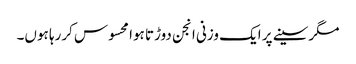
مگرسینے پر ایک وزنی انجن دوڑتا ہوا محسوس کررہا ہوں۔